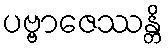
ပဗ္ဗာဇေဿန္တိ